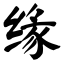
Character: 缘